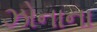
ઝોનાના